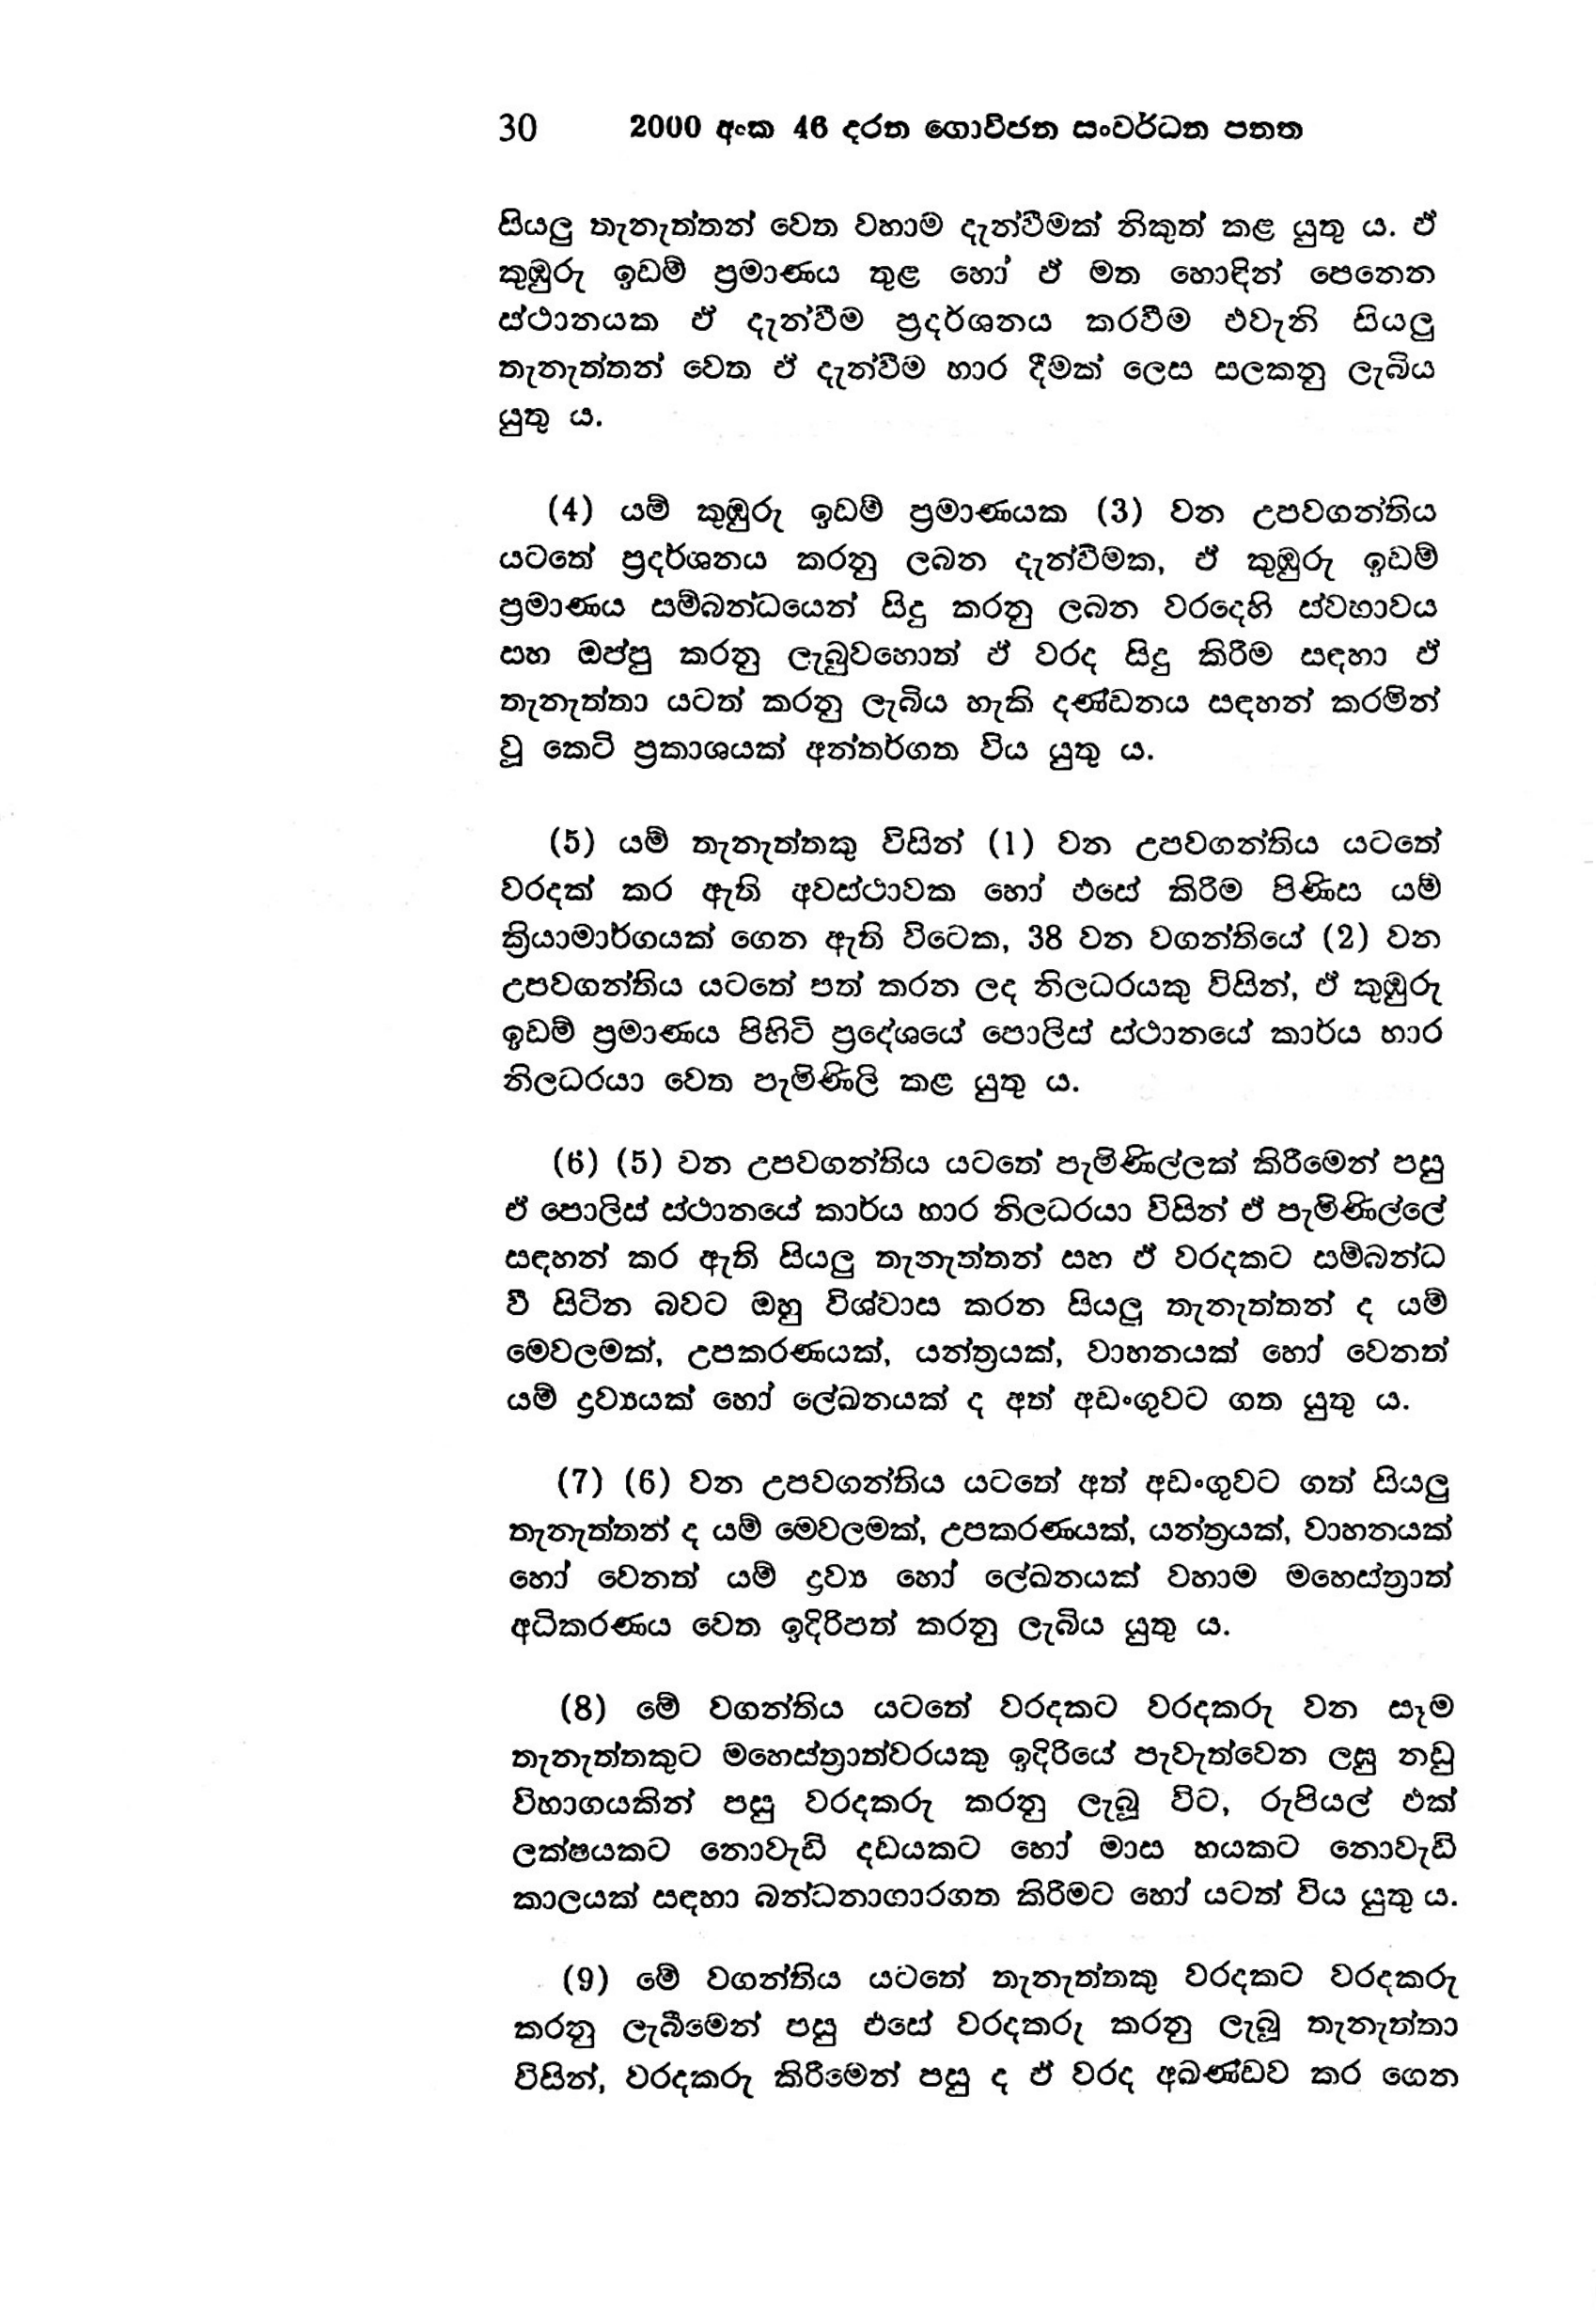
30 2000 අංක 46 දරන ගොවිජන සංවර්ධන පනත

සියලු තැනැත්තන් වෙත වහාම දැන්වීමක් නිකුත් කළ යුතුය. ඒ
කුඹුරු ඉඩම් ප්‍රමාණය තුළ හෝ ඒ මත හොඳින් පෙනෙන
ස්ථානයක ඒ දැන්වීම ප්‍රදර්ශනය කරවීම එවැනි සියලු
තැනැත්තන් වෙත ඒ දැන්වීම භාර දීමක් ලෙස සලකනු ලැබිය
යුතු ය.

(4) යම් කුඹුරු ඉඩම් ප්‍රමාණයක (3) වන උපවගන්තිය
යටතේ ප්‍රදර්ශනය කරනු ලබන දැන්වීමක, ඒ කුඹුරු ඉඩම්
ප්‍රමාණය සම්බන්ධයෙන් සිදු කරනු ලබන වරදෙහි ස්වභාවය
සහ ඔප්පු කරනු ලැබුවහොත් ඒ වරද සිදු කිරීම සඳහා ඒ
තැනැත්තා යටත් කරනු ලැබිය හැකි දණ්ඩනය සඳහන් කරමින්
වූ කෙටි ප්‍රකාශයක් අන්තර්ගත විය යුතු ය.

(5) යම් තැනැත්තකු විසින් (1) වන උපවගන්තිය යටතේ
වරදක් කර ඇති අවස්ථාවක හෝ එසේ කිරීම පිණිස යම්
ක්‍රියාමාර්ගයක් ගෙන ඇති විටෙක, 38 වන වගන්තියේ (2) වන
උපවගන්තිය යටතේ පත් කරන ලද නිලධරයකු විසින්, ඒ කුඹුරු
ඉඩම් ප්‍රමාණය පිහිටි ප්‍රදේශයේ පොලිස් ස්ථානයේ කාර්ය භාර
නිලධරයා වෙත පැමිණිලි කළ යුතු ය.

(6) (5) වන උපවගන්තිය යටතේ පැමිණිල්ලක් කිරීමෙන් පසු
ඒ පොලිස් ස්ථානයේ කාර්ය භාර නිලධරයා විසින් ඒ පැමිණිල්ලේ
සඳහන් කර ඇති සියලු තැනැත්තන් සහ ඵ් වරදකට සම්බන්ධ
වී සිටින බවට ඔහු විශ්වාස කරන සියලු තැනැත්තන් ද යම්
මෙවලමක්, උපකරණයක්, යන්ත්‍රයක්, වාහනයක් හෝ වෙනත්
යම් ද්‍රව්‍යයක් හෝ ලේඛනයක් ද අත් අඩංගුවට ගත යුතු ය.

(7) (6) වන උපවගන්තිය යටතේ අත් අඩංගුවට ගත් සියලු
තැනැත්තන් ද යම් මෙවලමක්, උපකරණයක්, යන්ත්‍රයක්, වාහනයක්
හෝ වෙනත් යම් ද්‍රව්‍ය හෝ ලේඛනයක් වහාම මහෙස්ත්‍රාත්
අධිකරණය වෙත ඉදිරිපත් කරනු ලැබිය යුතු ය.

(8) මේ වගන්තිය යටතේ වරදකට වරදකරු වන සෑම
තැනැත්තකුට මහෙස්ත්‍රාත්වරයකු ඉදිරියේ පැවැත්වෙන ලඝු නඩු
විභාගයකින් පසු වරදකරු කරනු ලැබූ විට, රුපියල් එක්
ලක්ෂයකට නොවැඩි දඩයකට හෝ මාස හයකට නොවැඩි
කාලයක් සඳහා බන්ධනාගාරගත කිරීමට හෝ යටත් විය යුතු ය.

(9) මේ වගන්තිය යටතේ තැනැත්තකු වරදකට වරදකරු
කරනු ලැබීමෙන් පසු එසේ වරදකරු කරනු ලැබූ තැනැත්තා
විසින්, වරදකරු කිරීමෙන් පසු ද ඒ වරද අඛණ්ඩව කර ගෙන